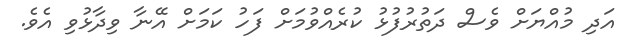
އަދި މުއްޔަށް ވެސް ދަތުރުފުޅު ކުރެއްވުމަށް ފަހު ކަމަށް އޭނާ ވިދާޅުވި އެވެ.